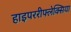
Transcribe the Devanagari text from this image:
हाइपररीफ्लेक्सिया